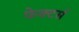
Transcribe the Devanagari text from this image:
फेक्टर्स